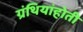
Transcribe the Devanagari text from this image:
ग्रंथियांहोती